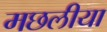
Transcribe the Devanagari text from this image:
मछलीया